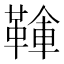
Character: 𩋱